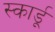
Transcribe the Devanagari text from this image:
स्कार्डू